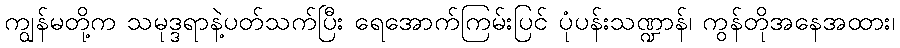
ကျွန်မတို့က သမုဒ္ဒရာနဲ့ပတ်သက်ပြီး ရေအောက်ကြမ်းပြင် ပုံပန်းသဏ္ဍာန်၊ ကွန်တိုအနေအထား၊